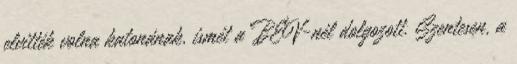
elvitték volna katonának, ismét a BÉV-nél dolgozott. Szentesen, a